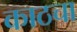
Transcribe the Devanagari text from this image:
काठचा